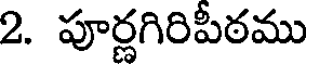
2. పూర్ణగిరిపీఠము